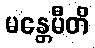
မန္တေမီတိ